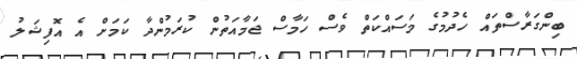
ބިންގަރާސްތައް ހެދުމުގެ މަސައްކަތް ވެސް ހަމާސް ޖަމާއަތުން ކުރަމުންދާ ކަމަށް އެ އޮފިޝަލު